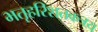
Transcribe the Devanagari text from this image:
भतृहरिशतकत्रय